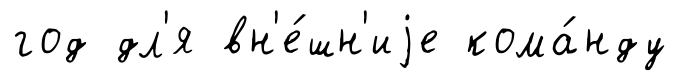
год дл'я вн'е́шн'иjе кома́нду